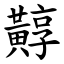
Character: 䵍